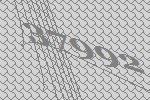
37992